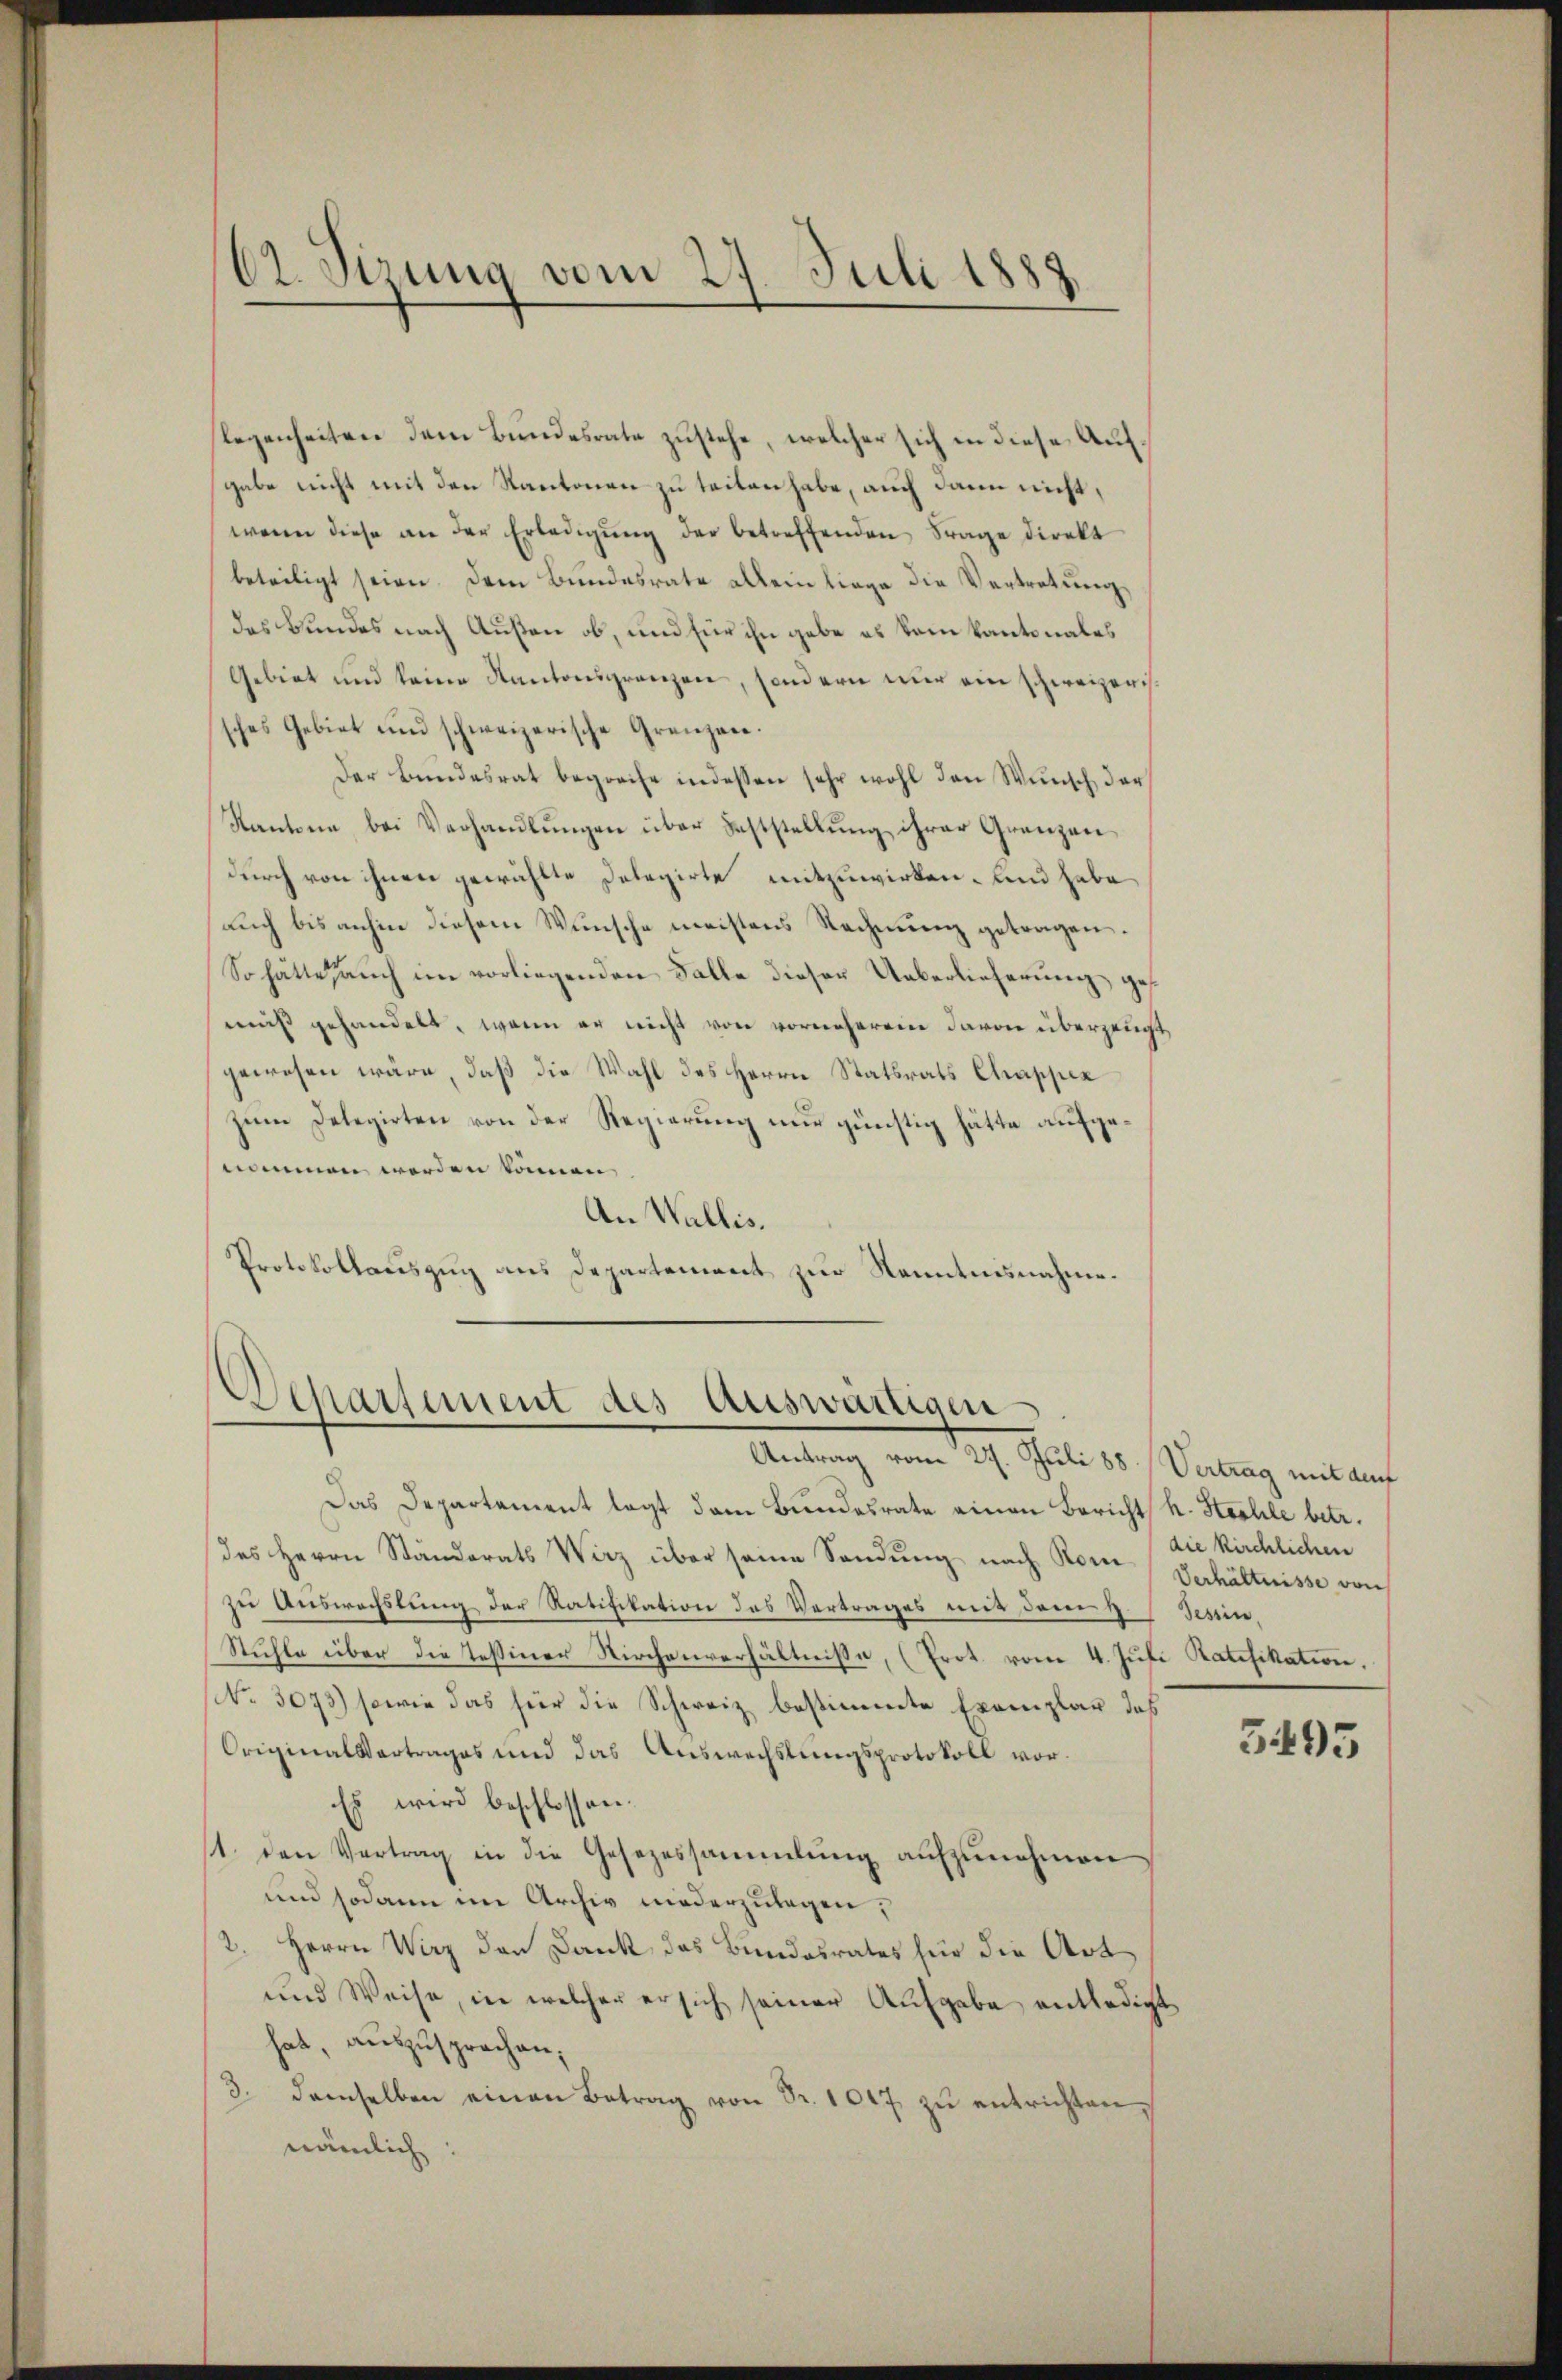
62. Sizung vom 27. Juli 1887.

legenheiten dem Bundesrate zustehe, welcher sich in diese Aufgabe nicht mit den Kantonen zu teilen habe, auch dann nicht,
wenn diese an der Erledigŭng der betreffenden Frage direkt
beteiligt seien. Dem Bundesrate allein liege die Vertretung
das Bundes nach Außen ob, und für ihn gebe es kam kantonales
Gebiet und keine Kantonsgrenzen, sondern nur ein schweizerissches Gebiet und schweizerische Grenzen.
Der Bundesrat begreche indessen sehr wohl den Wunsch der
Kantone bei Verhandlungen über Feststellung ihrer Grenzendurch von ihnen gewählte Delegirte mitzuwirken. Und habe
auch bis anhin diesem Wunsche meistens Rechnung getragen.
So hätte, auch im vorliegenden Falle dieser Ueberlieferung ges
mus gehandelt, wenn er nicht von vorneherein davon überzeugt,
gewesen wäre, daß die Wahl des Herrn Statsrats Chappen
zum Delegirten von der Regierung nur günstig hätte aufgenommen werden können
An Wallis.
Protokollauszug aus Departement zur Kenntnisnahme.

Das Departement legt dem Bundesrate einen Bericht k. Hochle betr.
des Herrn Standerats Wirz über seine Sendung nach Rom Verhältnisse von
zu Auswechslung der Ratifikation des Vertrages mit dem 4. Tessin.
Stuhle über die Tessiner Kirchenverhältnisse, (Prot. vom 4. Juli Ratifikation.
No. 3073) sowie das hier die Schweiz bestimmte Exemplar das
Originalvertrages und das Auswechslungsprotokoll vor¬
Es wird beschlossen.
11. den Vertrag in die Gesezessammlung aŭfzŭnehmen
und sodann im Archiv niederzulegen;
2. Herrn Wirz den Dank das Bundesrates für die Art
und Weise, in welcher er sich seiner Aufgabe entledigt
hat, auszusprochen,
3. demselben einen Betrag von Fr. 1007 zŭ entrichten,
nämlich

Departement des Auswärtigen.
Antrag vom 27. Juli 88 (Vertrag mit de

die kirchlichen

5495